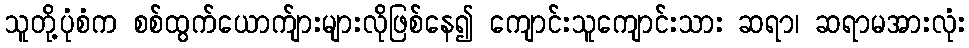
သူတို့ပုံစံက စစ်ထွက်ယောက်ျားများလိုဖြစ်နေ၍ ကျောင်းသူကျောင်းသား ဆရာ၊ ဆရာမအားလုံး